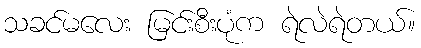
သခင်မလေး မြင်းစီးပုံက ရဲလဲရဲတယ်။